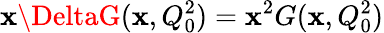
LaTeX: \mathbf{x}\DeltaG(\mathbf{x},Q_{0}^{2})=\mathbf{x}^{2}G(\mathbf{x},Q_{0}^{2})